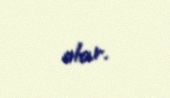
olar.